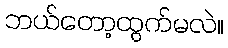
ဘယ်တော့ထွက်မလဲ။